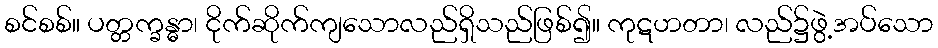
စင်စစ်။ ပတ္တက္ခန္ဓာ၊ ငိုက်ဆိုက်ကျသောလည်ရှိသည်ဖြစ်၍။ ကုဋဟတာ၊ လည်၌ဖွဲ့အပ်သော